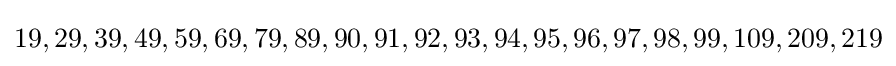
19,29,39,49,59,69,79,89,90,91,92,93,94,95,96,97,98,99,109,209,219